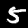
Label: 5